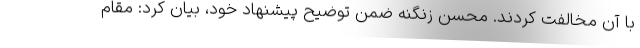
با آن مخالفت کردند. محسن زنگنه ضمن توضیح پیشنهاد خود، بیان کرد: مقام